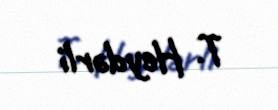
T. Heydərli